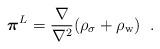
LaTeX: \begin{align*}\mbox{\boldmath $\pi$}^L=\frac{\bf \nabla \rm}{\bf \nabla \rm^2} (\rho_\sigma+\rho_{\rm w})\; \; .\end{align*}